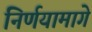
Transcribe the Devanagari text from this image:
निर्णयामागे